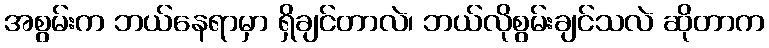
အစွမ်းက ဘယ်နေရာမှာ ရှိချင်တာလဲ၊ ဘယ်လိုစွမ်းချင်သလဲ ဆိုတာက